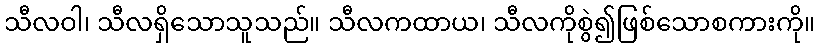
သီလဝါ၊ သီလရှိသောသူသည်။ သီလကထာယ၊ သီလကိုစွဲ၍ဖြစ်သောစကားကို။